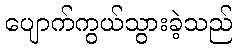
ပျောက်ကွယ်သွားခဲ့သည်